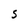
Character: S